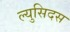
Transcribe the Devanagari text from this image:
ल्युसिदस